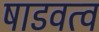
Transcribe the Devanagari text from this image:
षाडवत्व